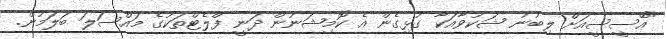
"އޭސީސީއަށް ލިބުނު ޝަކުވާއަކާ ގުޅިގެން އެ ކޮމިޝަނުން ދަނީ ފްލެޓްތަކުގެ މައްސަލަ ބަލަމުން.